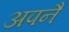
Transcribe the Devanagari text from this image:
अपनै